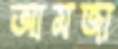
আমজা